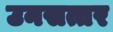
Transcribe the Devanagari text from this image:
उनसत्तर